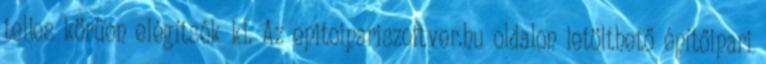
teljes körűen elégítsék ki. Az epitoipariszoftver.hu oldalon letölthető építőipari